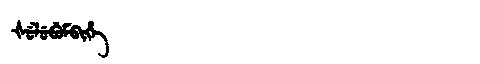
Manchu: ᡧᡠᠯᡠᠪᡠᠮᠪᡳᡥᡝ
Romanization: ŠULUBUMBIHE